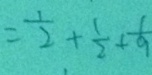
= \frac { 1 } { 2 } + \frac { 1 } { 2 } + \frac { 1 } { 9 }